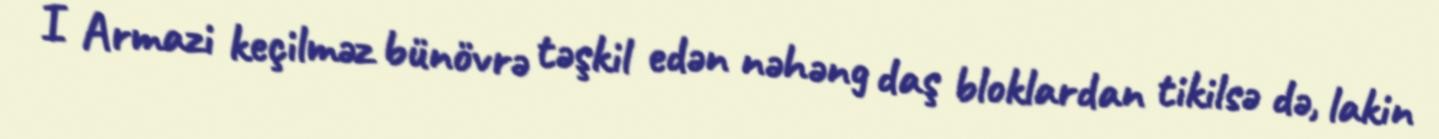
I Armazi keçilməz bünövrə təşkil edən nəhəng daş bloklardan tikilsə də, lakin